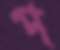
প